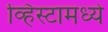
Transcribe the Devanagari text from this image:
व्हिस्टामध्ये